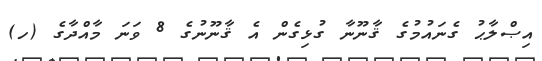
އިޞްލާޙު ގެނައުމުގެ ޤާނޫނާ ގުޅިގެން އެ ޤާނޫނުގެ 8 ވަނަ މާއްދާގެ (ހ)